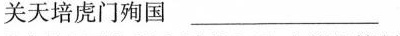
关天培虎门殉国___